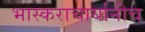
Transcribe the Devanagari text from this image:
भास्कराचार्यानीच